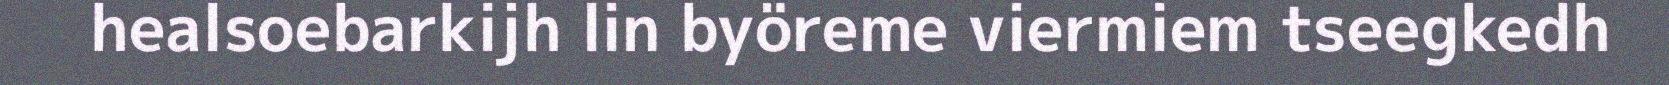
healsoebarkijh lin byöreme viermiem tseegkedh